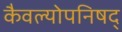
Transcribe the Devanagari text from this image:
कैवल्योपनिषद्